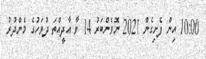
10:00 އިން ފެށިގެން 2021 ނޮވެންބަރު 14 ވާ އާދީއްތަ ދުވަހުގެ މެންދުރު